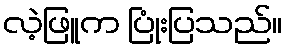
လဲ့ဖြူက ပြုံးပြသည်။